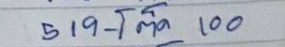
519 - โต๊ด 100